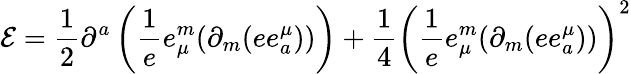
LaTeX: {\cal E}=\frac{1}{2}\partial^{a}\left(\frac{1}{e}e_{\mu}^{m}(\partial_{m}(ee_{a}^{\mu}))\right)+\frac{1}{4}\left(\frac{1}{e}e_{\mu}^{m}(\partial_{m}(ee_{a}^{\mu}))\right)^{2}